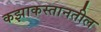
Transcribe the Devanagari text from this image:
कझाकस्तानतील